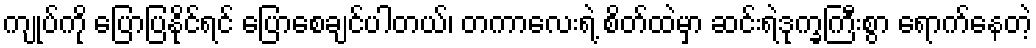
ကျုပ်ကို ပြောပြနိုင်ရင် ပြောစေချင်ပါတယ်၊ တကာလေးရဲ့ စိတ်ထဲမှာ ဆင်းရဲဒုက္ခကြီးစွာ ရောက်နေတဲ့